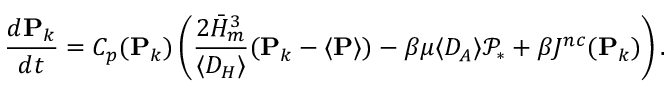
{ \frac { d \mathbf { P } _ { k } } { d t } } = C _ { p } ( \mathbf { P } _ { k } ) \left( { \frac { 2 \bar { H } _ { m } ^ { 3 } } { \langle D _ { H } \rangle } } ( \mathbf { P } _ { k } - \langle \mathbf { P } \rangle ) - { \beta \mu } \langle D _ { A } \rangle \mathcal { P } _ { * } + \beta J ^ { n c } ( \mathbf { P } _ { k } ) \right) .